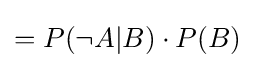
=P(\neg A|B)\cdot P(B)